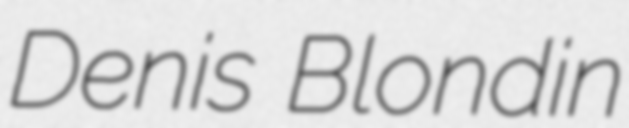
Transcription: Denis Blondin